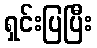
ရှင်းပြပြီး